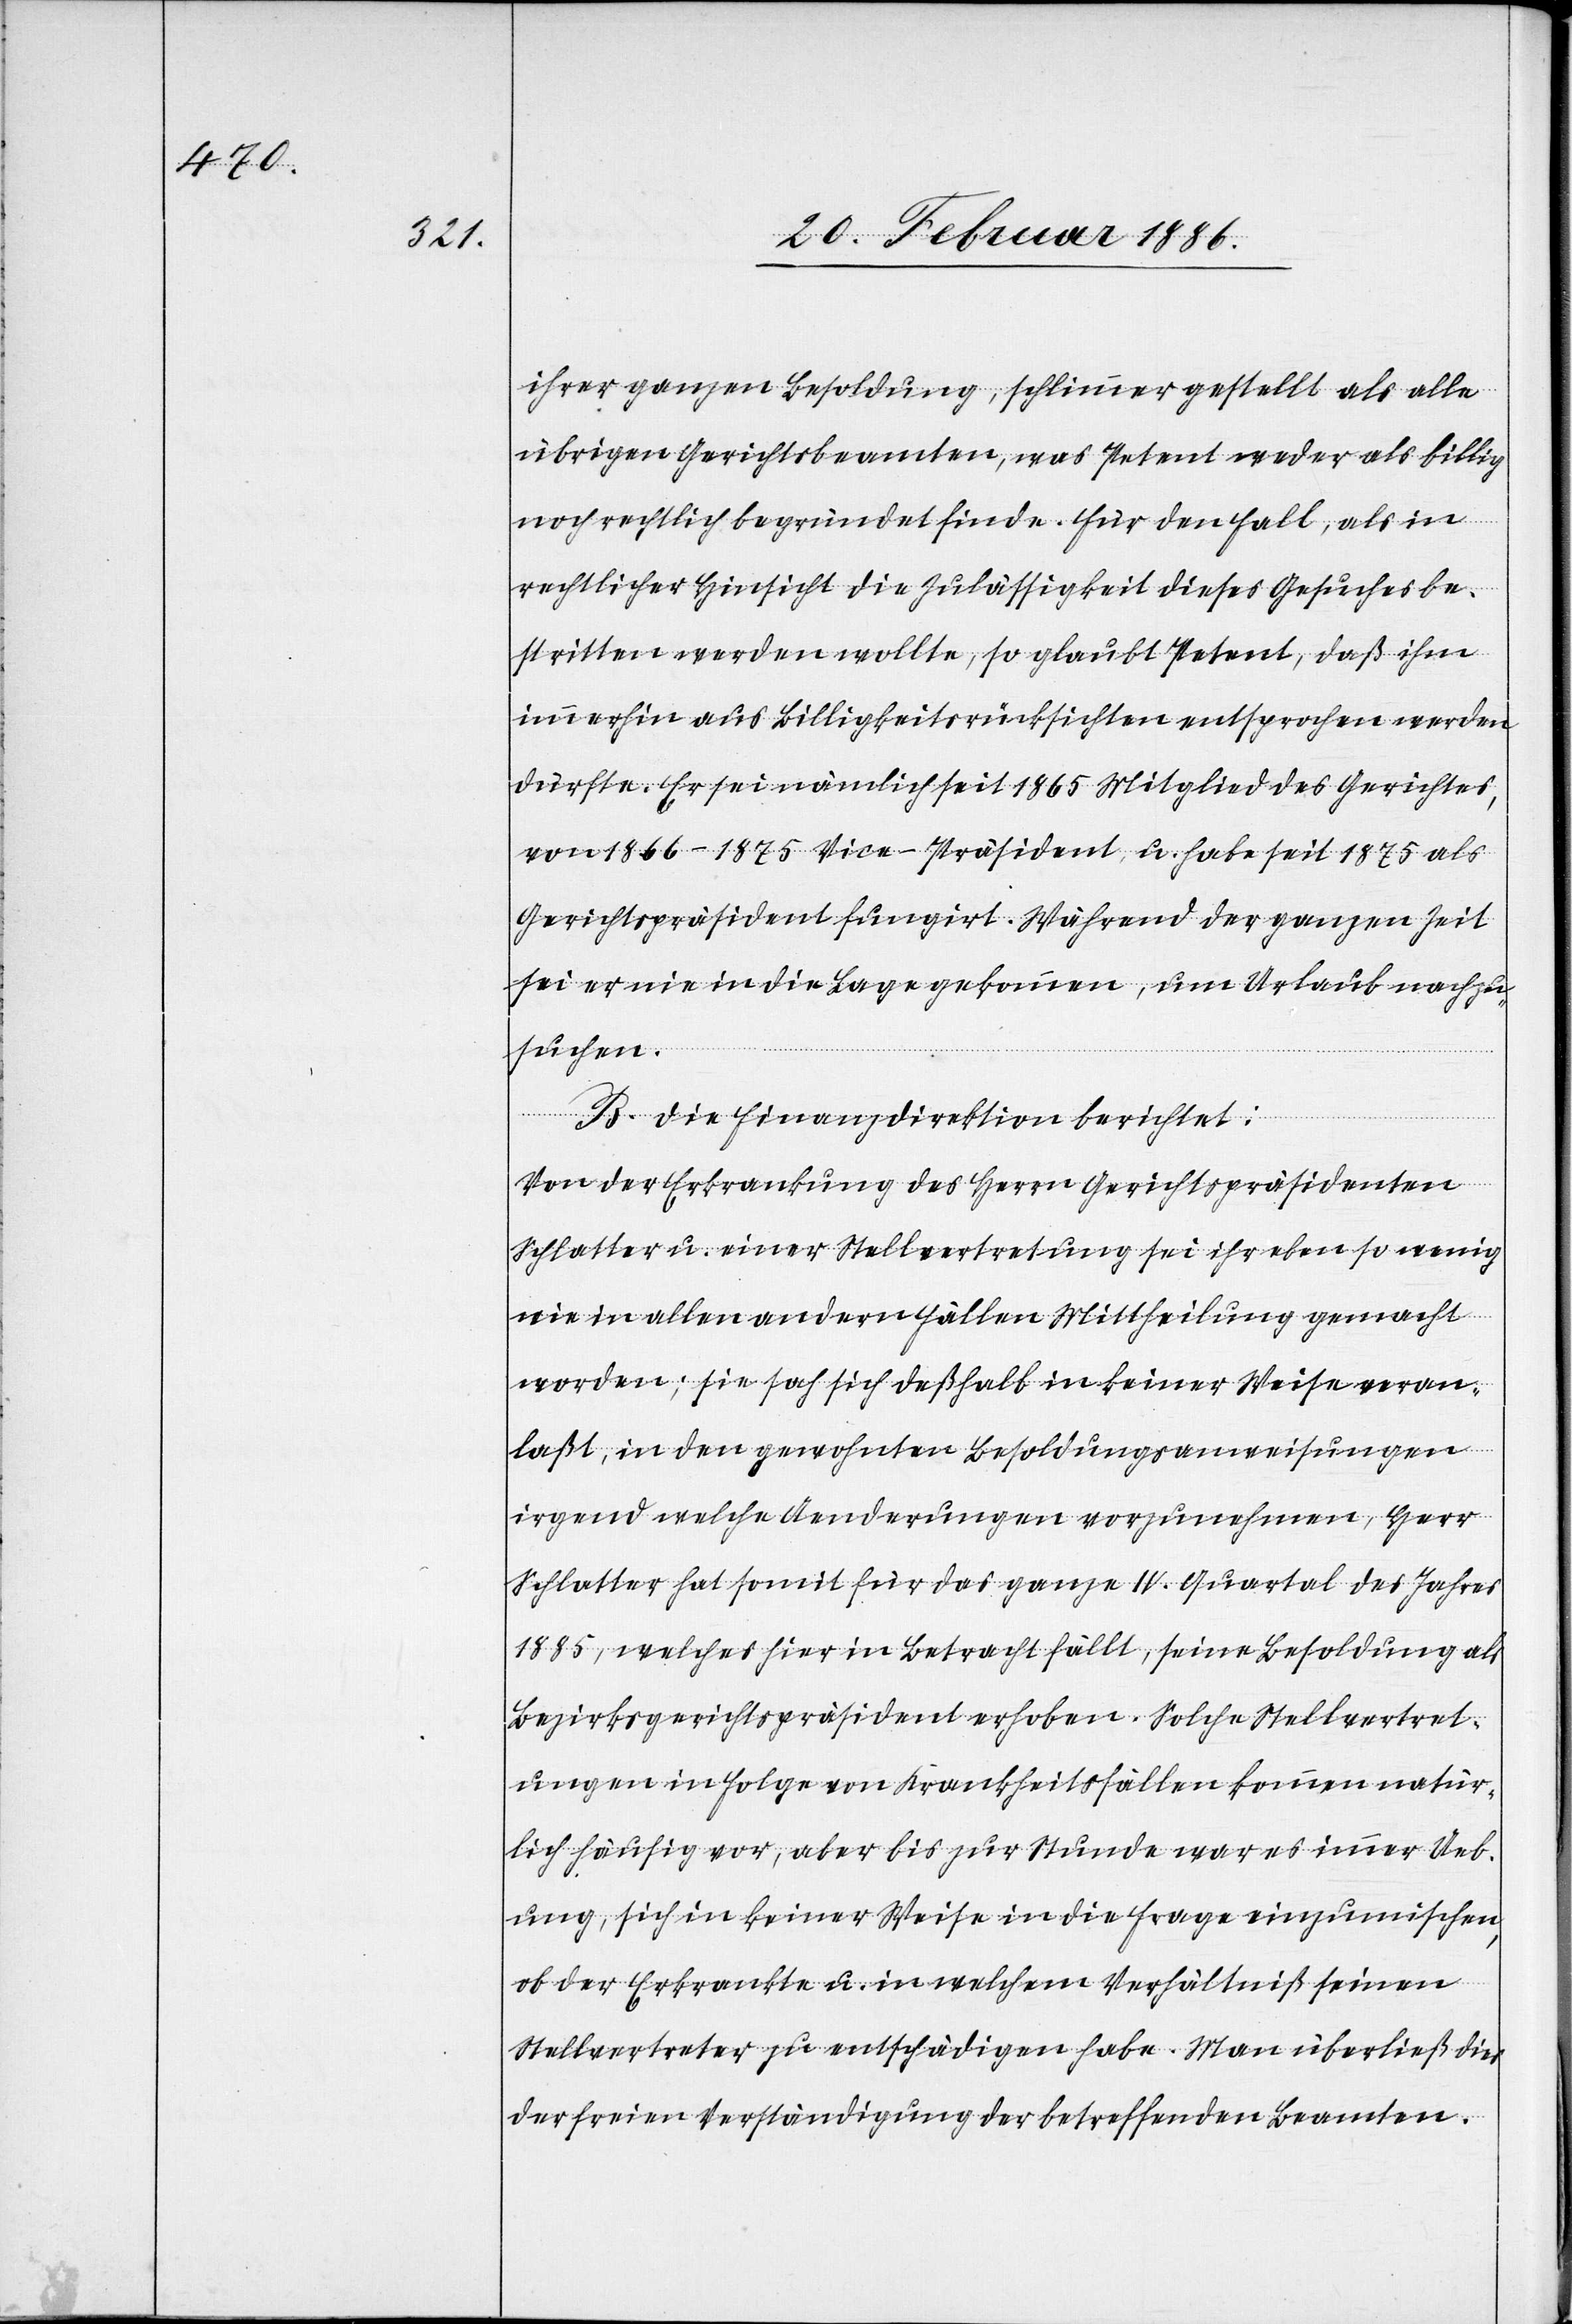
ihrer ganzen Besoldung, schlimmer gestellt als alle
übrigen Gerichtsbeamten, was Petent weder als billig
noch rechtlich begründet finde. Für den Fall, als in
rechtlicher Hinsicht die Zulässigkeit dieses Gesuches be¬
stritten werden wollte, so glaubt Petent, daß ihm
immerhin aus Billigkeitsrücksichten entsprochen werden
dürfte. Er sei nämlich seit 1865 Mitglied des Gerichtes,
von 1866–1875 Vice-Präsident, u. habe seit 1875 als
Gerichtspräsident fungirt. Während der ganzen Zeit
sei er nie in die Lage gekommen, um Urlaub nachzu¬
suchen.
B. Die Finanzdirektion berichtet:
Von der Erkrankung des Herrn Gerichtspräsidenten
Schlatter u. einer Stellvertretung sei ihr eben so wenig
wie in allen andern Fällen Mittheilung gemacht
worden; sie sah sich deßhalb in keiner Weise veran¬
laßt, in den gewohnten Besoldungsanweisungen
irgend welche Aenderungen vorzunehmen, Herr
Schlatter hat somit für das ganze IV. Quartal des Jahres
1885, welches hier in Betracht fällt, seine Besoldung als
Bezirksgerichtspräsident erhoben. Solche Stellvertret¬
ungen in Folge von Krankheitsfällen kommen natür¬
lich häufig vor, aber bis zur Stunde war es immer Ueb¬
ung, sich in keiner Weise in die Frage einzumischen,
ob der Erkrankte u. in welchen Verhältniß seinen
Stellvertreter zu entschädigen habe. Man überließ dies
der freien Verständigung der betreffenden Beamten.